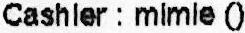
CASHIER : MIMLE ()